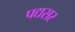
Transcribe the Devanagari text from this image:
पद्यसर